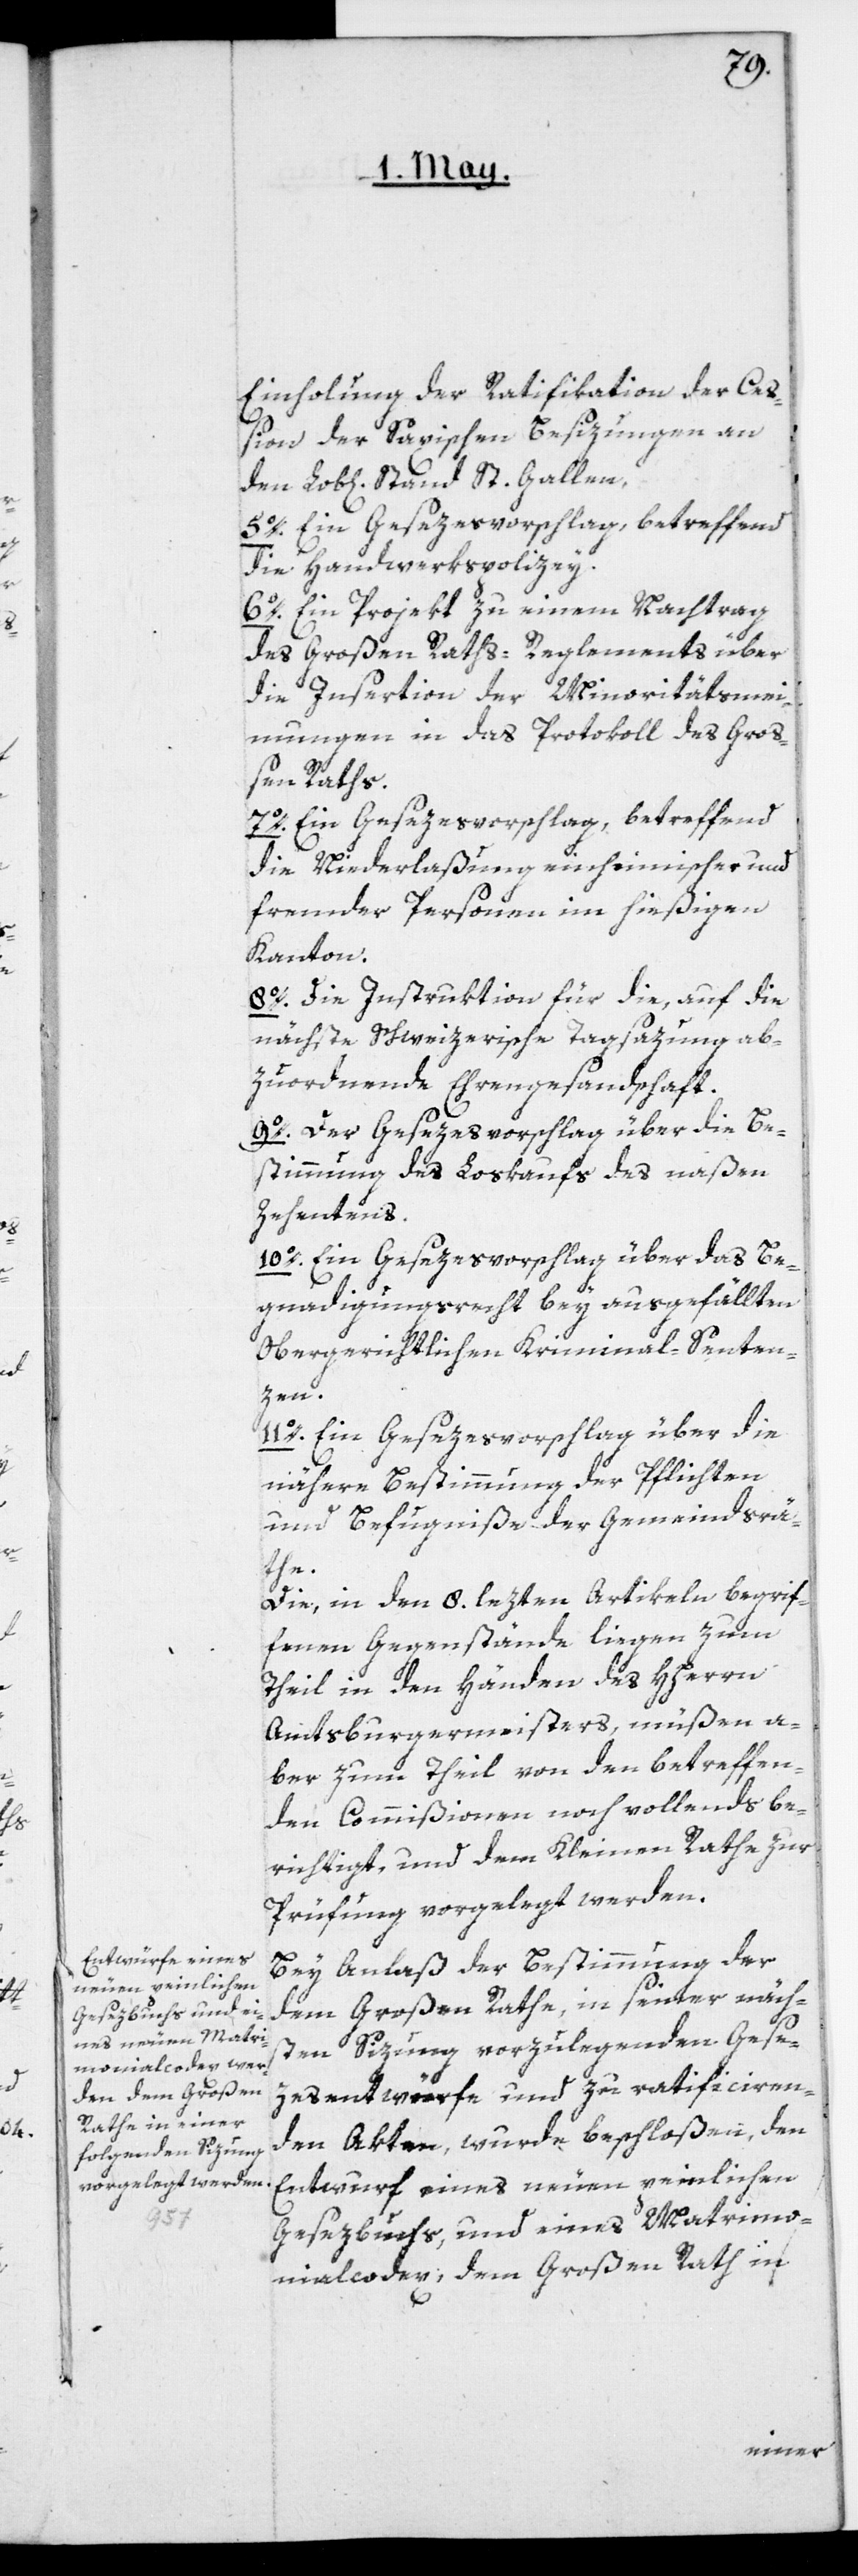
Einholung der Ratifikation der Ceß¬
ion der Saxischen Besizungen an
5o. Ein Gesezesvorschlag betreffend
die Handwerkspolizey.
6o. Ein Projekt zu einem Nachtrag
des Großen-Raths-Reglements über
die Insertion der Minoritätsmei¬
nungen in das Protokoll des Gro¬
ßen Raths.
7o. Ein Gesezesvorschlag, betreffend
die Niederlaßung einheimischer und
fremder Personen im hießigen
Kanton.
8o. Die Instruktion für die, auf die
nächste Schweizerische Tagsazung ab¬
zuordnende Ehrengesandtschaft.
9o. Der Gesezesvorschlag über die Be¬
stimmung des Loskaufs des naßen
Zehentens.
10o. Ein Gesezesvorschlag über das Be¬
gnadigungsrecht bey ausgefällten
Obergerichtlichen Kriminal-Senten¬
zen.
11o. Ein Gesezesvorschlag über die
nähere Bestimmung der Pflichten
und Befugniße der Gemeindsrä¬
the.
Die, in den 8. lezten Artikeln begrif¬
fenen Gegenstände liegen zum
Theil in den Händen des HHerrn
Amtsburgermeisters, müßen a¬
ber zum Theil von den betreffen¬
den Commißionen noch vollends be¬
richtigt und dem Kleinen Rathe zur
Prüfung vorgelegt werden.
Bey Anlaß der Bestimmung der
dem Großen Rathe in seiner näch¬
sten Sizung vorzulegenden Gese¬
zesentwürfe und zu ratificiren¬
den Akten, wurde beschloßen, den
Entwurf eines neuen peinlichen
Gesezbuchs und eines Matrimo¬
nialcodex, dem Großen Rath in